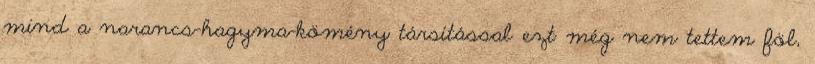
mind a narancs-hagyma-kömény társítással ezt még nem tettem föl,